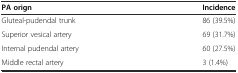
| PA orign | Incidence |
 | --- | --- |
 | Gluteal-pudendal trunk | 86 (39.5%) |
 | Superior vesical artery | 69 (31.7%) |
 | Internal pudendal artery | 60 (27.5%) |
 | Middle rectal artery | 3 (1.4%) |